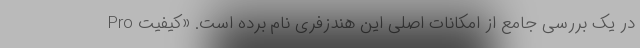
Pro در یک بررسی جامع از امکانات اصلی این هندزفری نام برده است. «کیفیت